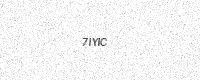
Text: 7IYIC